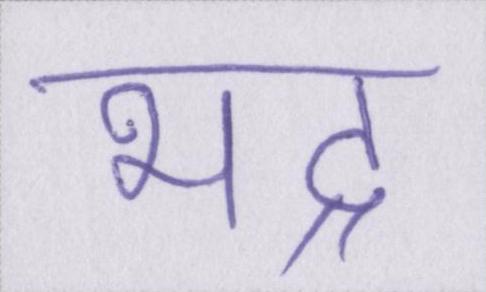
भद्र